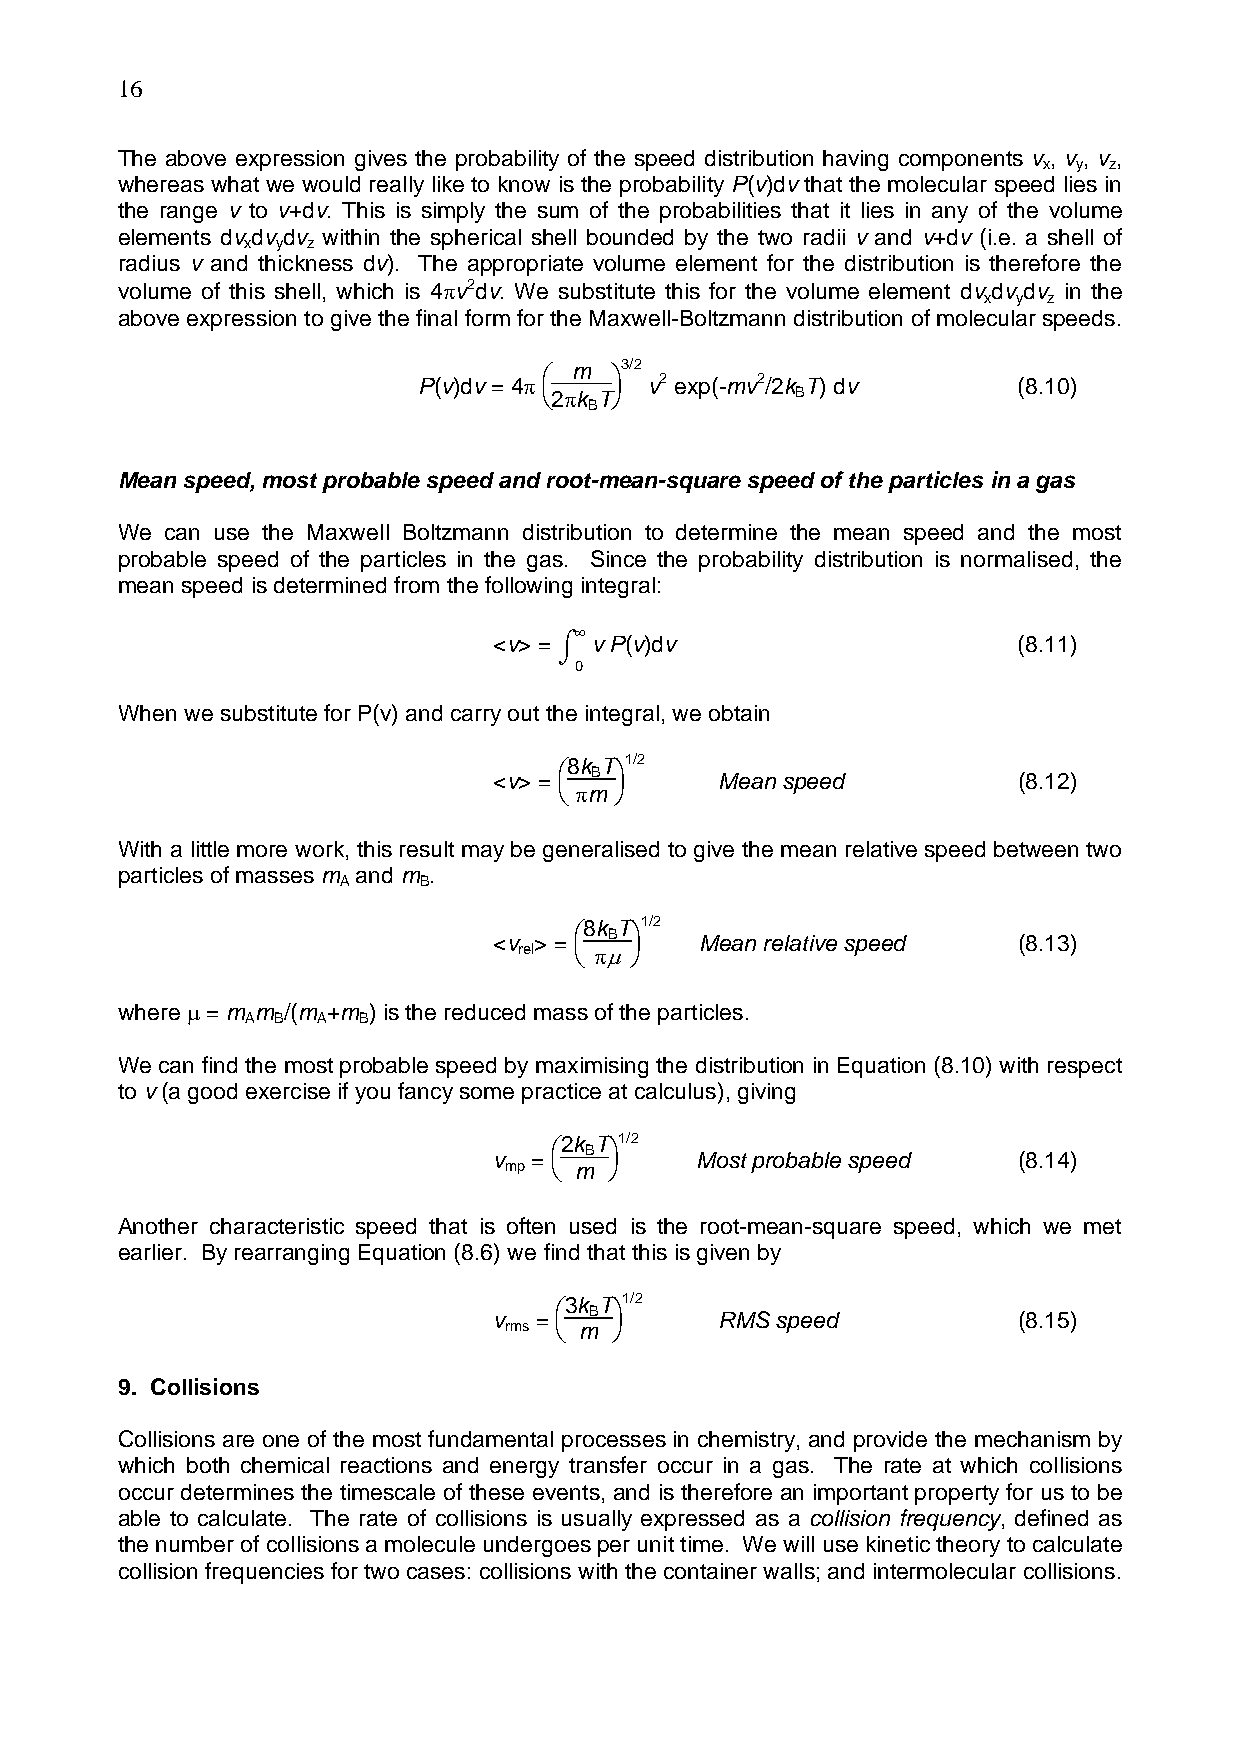
16
 The above expression gives the probability of the speed distribution having components v , v , v ,
 x y z
 whereas what we would really like to know is the probability P(v)dv that the molecular speed lies in
 the range v to v+dv. This is simply the sum of the probabilities that it lies in any of the volume
 elements dv dv dv within the spherical shell bounded by the two radii v and v+dv (i.e. a shell of
 x y z
 radius v and thickness dv). The appropriate volume element for the distribution is therefore the
 volume of this shell, which is 4πv2dv. We substitute this for the volume element dv dv dv in the
 x y z
 above expression to give the final form for the Maxwell-Boltzmann distribution of molecular speeds.
 ⎛ m ⎞3/2
 P(v)dv = 4π    v2 exp(-mv2/2k T) dv    (8.10)
 ⎝2πk T⎠          B
 B
 Mean speed, most probable speed and root-mean-square speed of the particles in a gas
 We can use the Maxwell Boltzmann distribution to determine the mean speed and the most
 probable speed of the particles in the gas. Since the probability distribution is normalised, the
 mean speed is determined from the following integral:
 ∞
 <v> = ⌠ v P(v)dv                  (8.11)
 ⌡
 0
 When we substitute for P(v) and carry out the integral, we obtain
 <v> =
 ⎛8k BT⎞1/2
 Mean speed         (8.12)
 ⎝ πm ⎠
 With a little more work, this result may be generalised to give the mean relative speed between two
 particles of masses m and m .
 A     B
 <v > =
 ⎛8k BT⎞1/2
 Mean relative speed  (8.13)
 rel ⎝ πµ⎠
 where µ = m m /(m +m ) is the reduced mass of the particles.
 A B  A  B
 We can find the most probable speed by maximising the distribution in Equation (8.10) with respect
 to v (a good exercise if you fancy some practice at calculus), giving
 v =
 ⎛2k BT⎞1/2
 Most probable speed  (8.14)
 mp ⎝ m ⎠
 Another characteristic speed that is often used is the root-mean-square speed, which we met
 earlier. By rearranging Equation (8.6) we find that this is given by
 v =
 ⎛3k BT⎞1/2
 RMS speed          (8.15)
 rms ⎝ m ⎠
 9. Collisions
 Collisions are one of the most fundamental processes in chemistry, and provide the mechanism by
 which both chemical reactions and energy transfer occur in a gas. The rate at which collisions
 occur determines the timescale of these events, and is therefore an important property for us to be
 able to calculate. The rate of collisions is usually expressed as a collision frequency, defined as
 the number of collisions a molecule undergoes per unit time. We will use kinetic theory to calculate
 collision frequencies for two cases: collisions with the container walls; and intermolecular collisions.